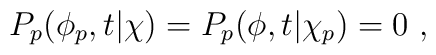
P_p(\phi_p,t|\chi)= P_p(\phi,t|\chi_p) = 0 \ ,